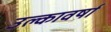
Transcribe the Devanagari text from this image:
उल्कावर्षा